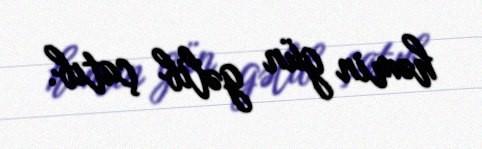
həmin gün gəlib çatıb.